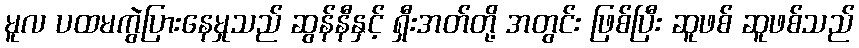
မူလ ပထမကွဲပြားနေမှုသည် ဆွန်နီနှင့် ရှီးအတ်တို့ အတွင်း ဖြစ်ပြီး ဆူဖစ် ဆူဖစ်သည်